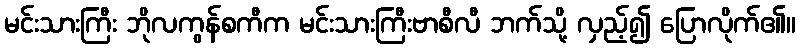
မင်းသားကြီး ဘိုလကွန်စကီက မင်းသားကြီးဗာစီလီ ဘက်သို့ လှည့်၍ ပြောလိုက်၏။